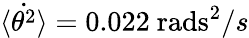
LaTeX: \dot{\langle\theta^{2}\rangle}=0.022~\mathrm{rads}^{2}/s